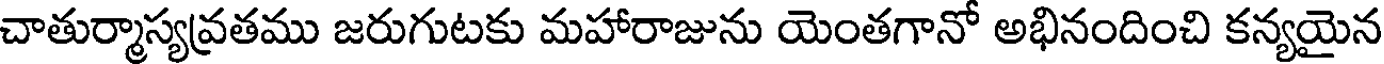
చాతుర్మాస్యవ్రతము జరుగుటకు మహారాజును యెంతగానో అభినందించి కన్యయైన